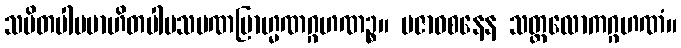
သမိတပါပဗာဟိတပါပသမဏဗြာဟ္မဏဂ္ဂဟဏဉ္စ။ ပဇာဝစနေန သတ္တလောကဂ္ဂဟဏံ။